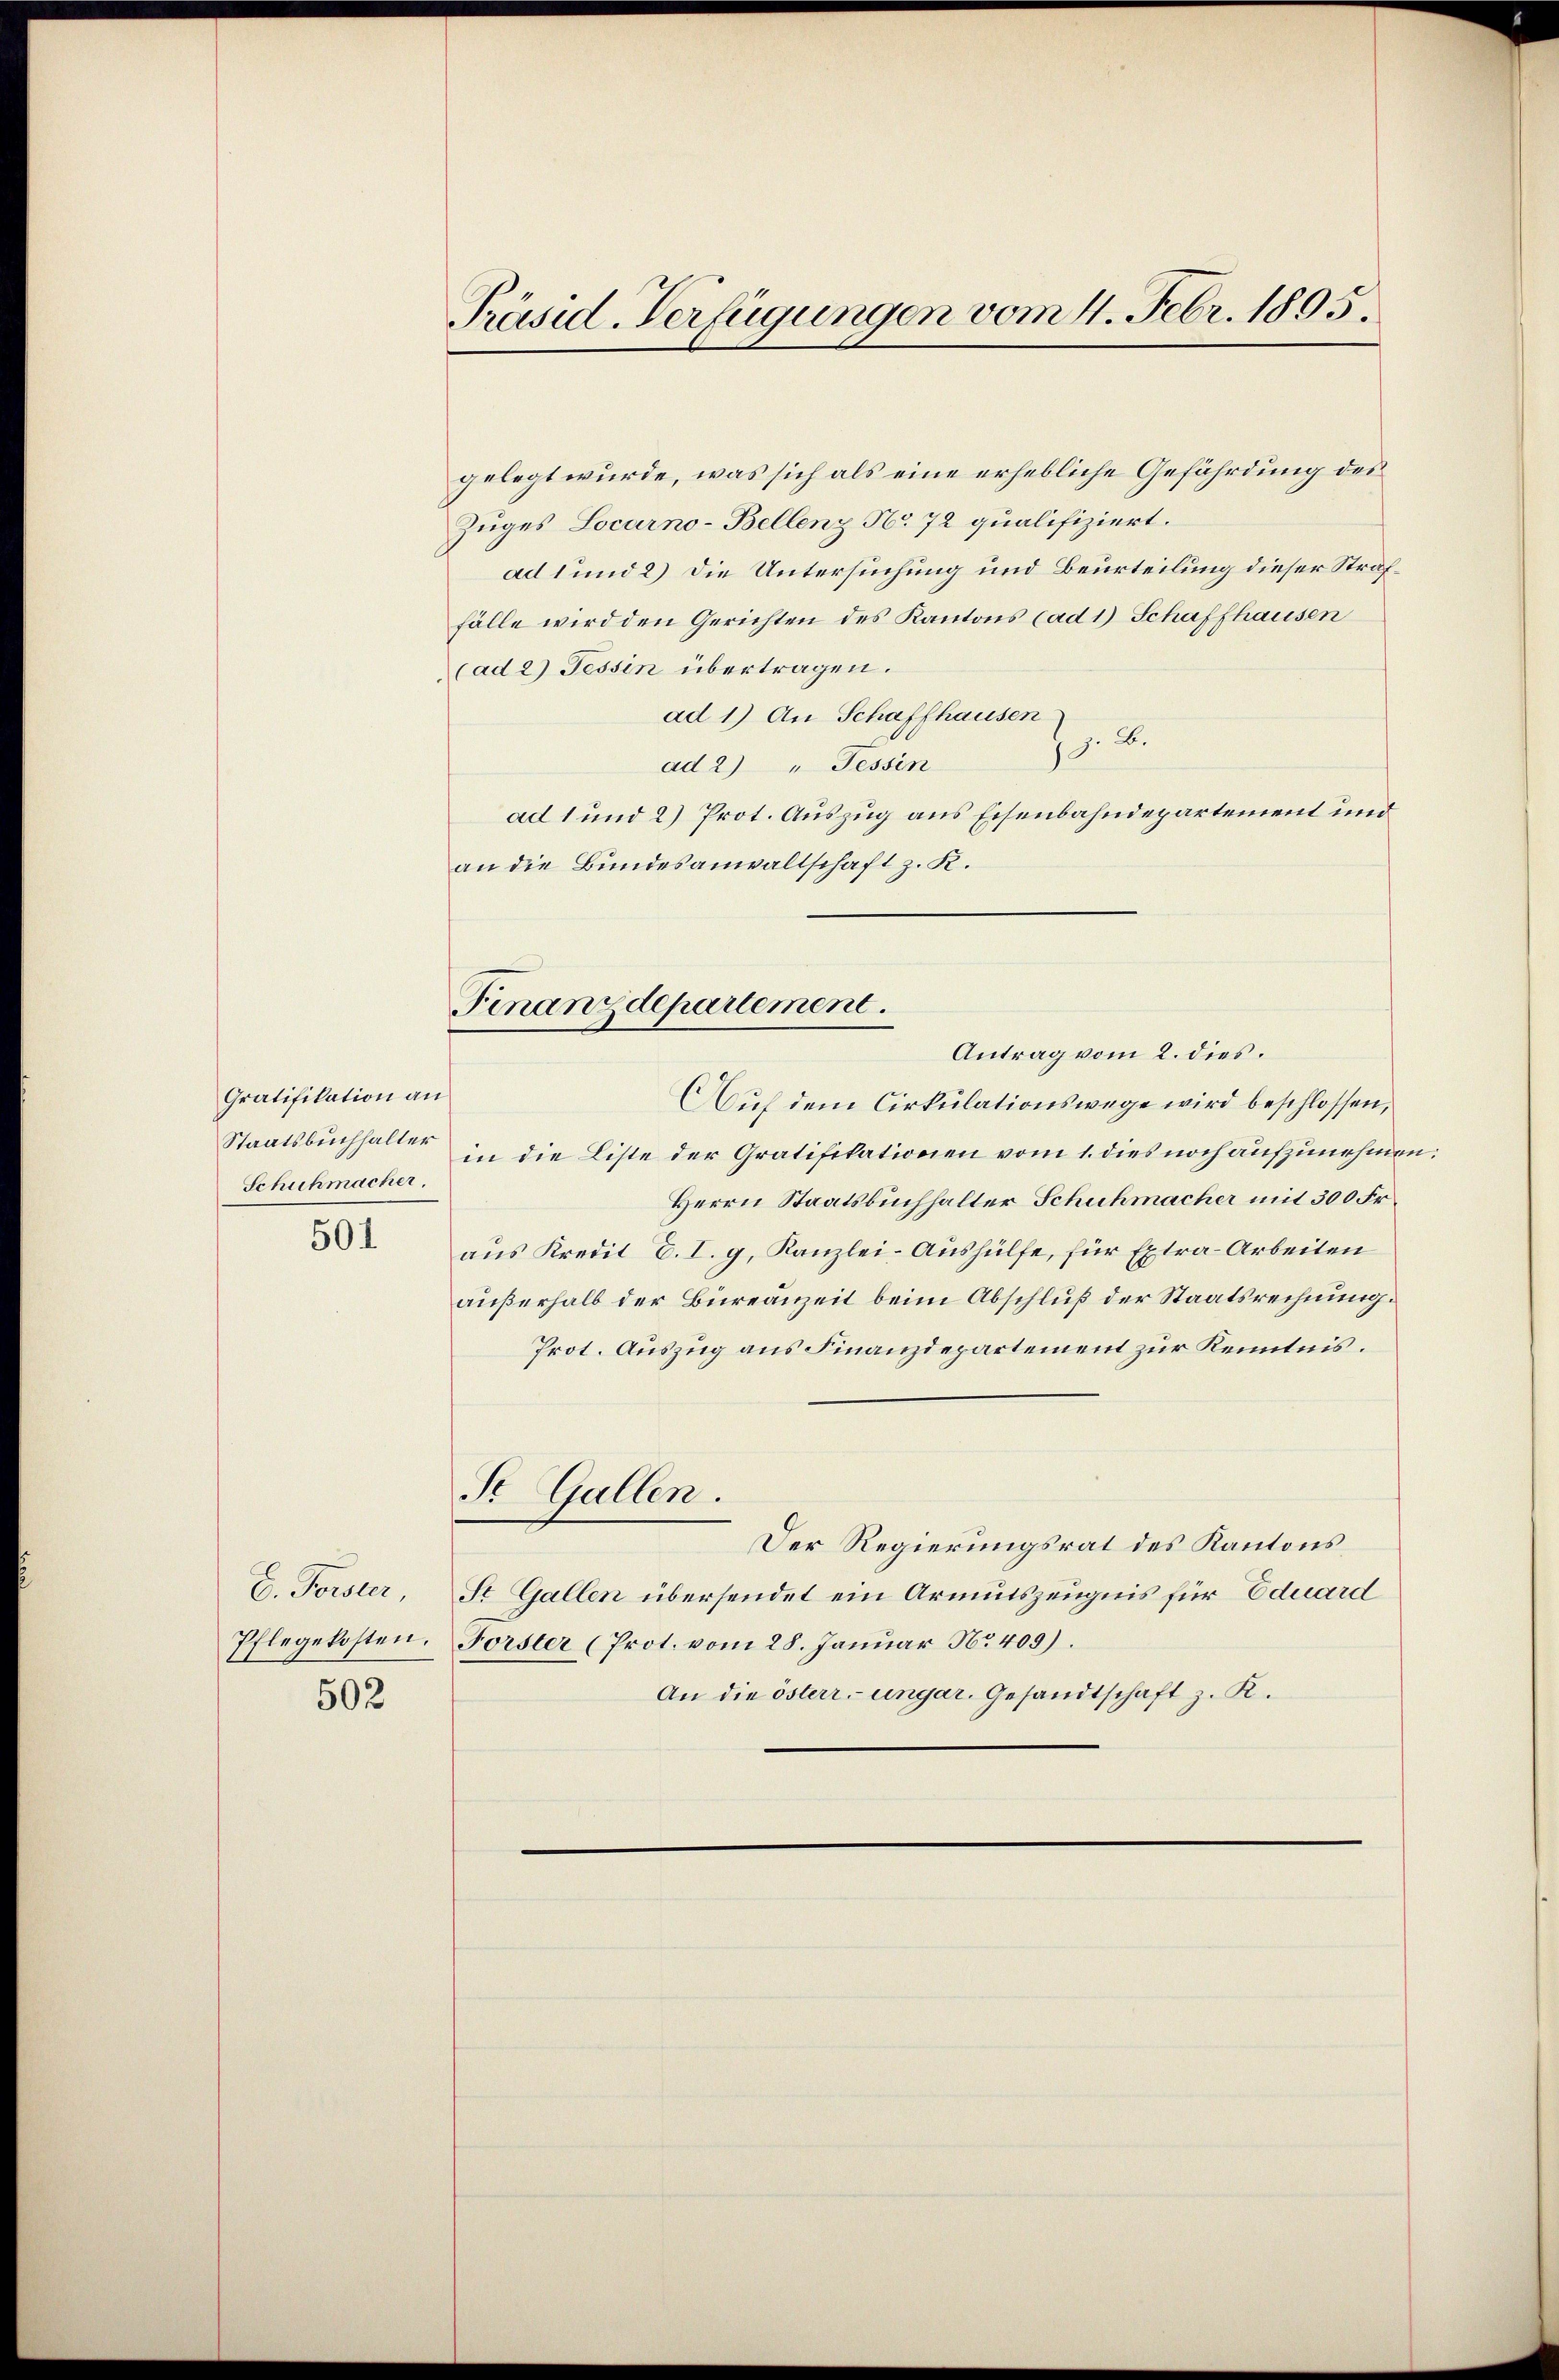
Gratifikation an
Schuhmacher,
501

502

Präsid-Verfügungen vom 4. Febr. 1805.

gelegt wurde, was sich als eine erhebliche Gefährdung des
Zuges Locarno-Bellenz No 72 qualifiziert.
ad 1 und 2) Die Untersuchung und Beurteilung dieser Straffälle wird den Gerichten des Kantons (ad 1) Schaffhausen
(ad 2) Tessin übertragen.
ad 1) An Schaffhausen
B.
18.
ad 2) " Tessin
ad 1 und 2) Prot. Auszug aus Eisenbahndepartement und
an die Bundesanwaltschaft z. R.
Aŭf dem Cirkulationswege wird beschlossen,
Staatsbuchhalter in die Liste der Gratifikationen vom 1. dies noch aufzunehmen
Herrn Staatsbuchhalter Schuhmacher mit 300 Fr.
aus Kredit C. I. g. Kanzlei- Aushülfe, für Extra-Arbeiten
außerhalb der Büreauzeit beim Abschluß der Staatsrechnung.
Prot. Auszug aus Finanzdepartement zur Kenntnis.
S. Gallen.
Der Regierungsrat des Kantons
C. Forster, St. Gallen übersendet ein Armutszeugnis für Eduard
Pflegekosten. Forster (Prot. vom 28. Januar Nr. 409).
An die österr. ungar. Gesandtschaft z. R.

Finanzdepartement.
Antrag vom 2. dies.

e